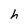
Character: h